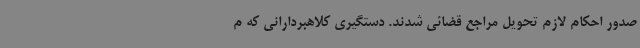
صدور احکام لازم تحویل مراجع قضائی شدند. دستگیری کلاهبردارانی که م